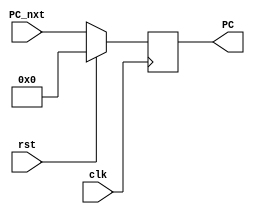
`timescale 1ns / 1ps
//////////////////////////////////////////////////////////////////////////////////
// Company: 
// Engineer: 
// 
// Design Name: 
// Module Name: PC
// Project Name: 
// Target Devices: 
// Tool Versions: 
// Description: 
// 
// Dependencies: 
// 
// Revision:
// Revision 0.01 - File Created
// Additional Comments:
// 
//////////////////////////////////////////////////////////////////////////////////

//Program Counter
module PC_mod (clk,rst,PC,PC_nxt);
 input [31:0] PC_nxt;
 input clk,rst;
 
 output [31:0] PC;
 reg [31:0] PC;
 always @(posedge clk) 
 begin
  if (~rst == 1'b0)
   PC <= (32'b0);
   else 
    PC <= PC_nxt;
 end
endmodule